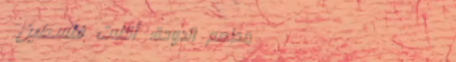
مطعم الدوحة: أكلات فلسطين